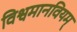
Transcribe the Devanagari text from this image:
विश्वमानवियम्